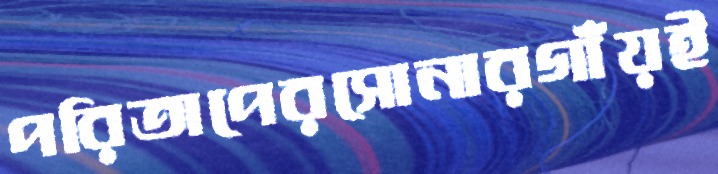
পরিতাপেরসোনারগাঁয়ই